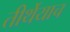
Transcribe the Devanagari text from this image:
तीर्थेयाच